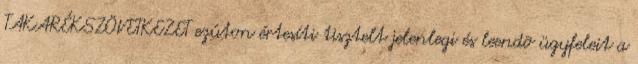
TAKARÉKSZÖVETKEZET ezúton értesíti tisztelt jelenlegi és leendõ ügyfeleit a